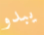
يبدو